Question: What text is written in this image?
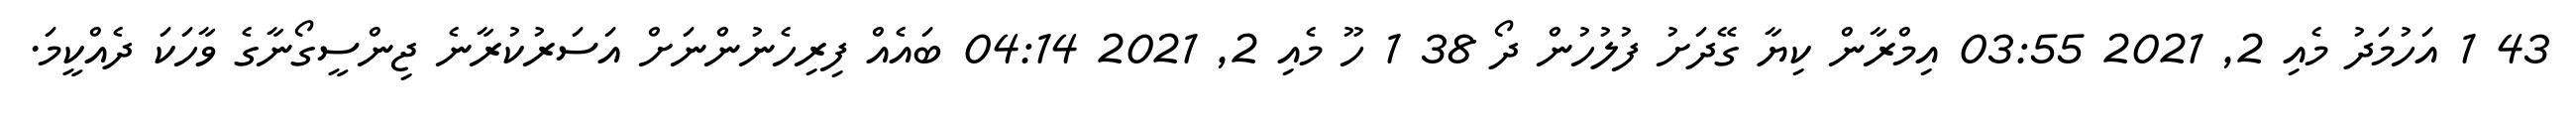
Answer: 43 1 އަހުމަދު މެއި 2, 2021 03:55 އިމްރާން ކިޔާ ގޭދަށު ފުލުހުން ދޯ 38 1 ހޫ މެއި 2, 2021 04:14 ބައެއް ފިރިހެނުންނަށް އަސަރުކުރާނެ ޖިންސީގޯނާގެ ވާހަކަ ދެއްކީމަ.